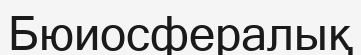
Бюиосфералық